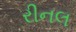
રીનલ